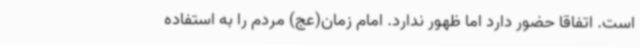
است. اتفاقا حضور دارد اما ظهور ندارد. امام زمان(عج) مردم را به استفاده